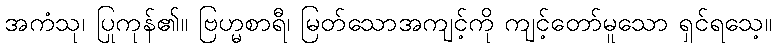
အကံသု၊ ပြုကုန်၏။ ဗြဟ္မစာရီ၊ မြတ်သောအကျင့်ကို ကျင့်တော်မူသော ရှင်ရသေ့။